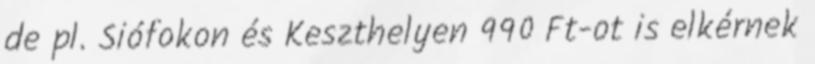
de pl. Siófokon és Keszthelyen 990 Ft-ot is elkérnek